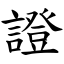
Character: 證